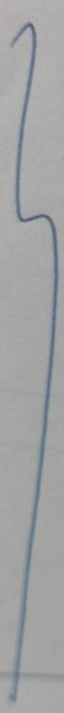
}